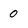
Character: 0